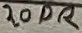
Text: 20DR